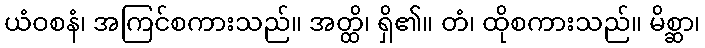
ယံဝစနံ၊ အကြင်စကားသည်။ အတ္ထိ၊ ရှိ၏။ တံ၊ ထိုစကားသည်။ မိစ္ဆာ၊